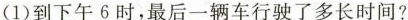
(1)到下午6时，最后一辆车行驶了多长时间?